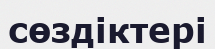
сөздіктері